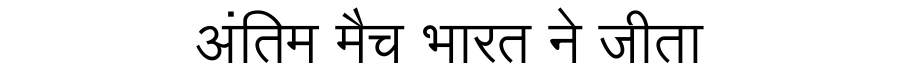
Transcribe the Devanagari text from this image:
अंतिम मैच भारत ने जीता